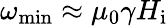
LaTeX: \omega_{\mathrm{min}}\approx\mu_{0}\gamma H_{\mathrm{i}}